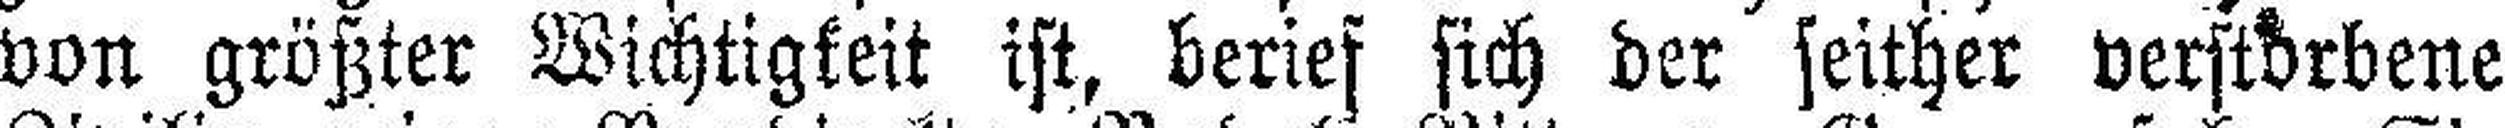
von größter Wichtigkeit ist, berief sich der seither verstorbene